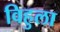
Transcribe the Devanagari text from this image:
विहुला